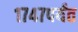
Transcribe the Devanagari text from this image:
१७४७पर्यंत